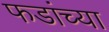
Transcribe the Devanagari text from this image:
फडांच्या